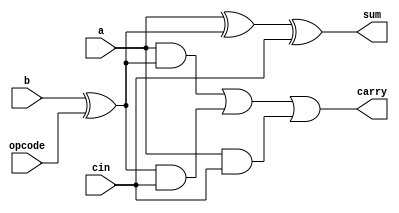
module one_bit_adder_subtractor(a, b, cin, opcode, sum, carry);

   input a;
   input b;
   input cin;
   input opcode;

   output sum;
   wire sum;
   output carry;
   wire carry;

   assign sum = a^(b^opcode)^cin;
   assign carry= ((a&(b^opcode)) | ((b^opcode)&cin) | (a&cin));

endmodule